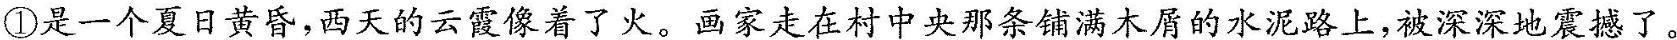
①是一个夏日黄昏，西天的云霞像着了火，画家走在村中央那亲怕满木屑的水泥路上，被深深地震撼了。